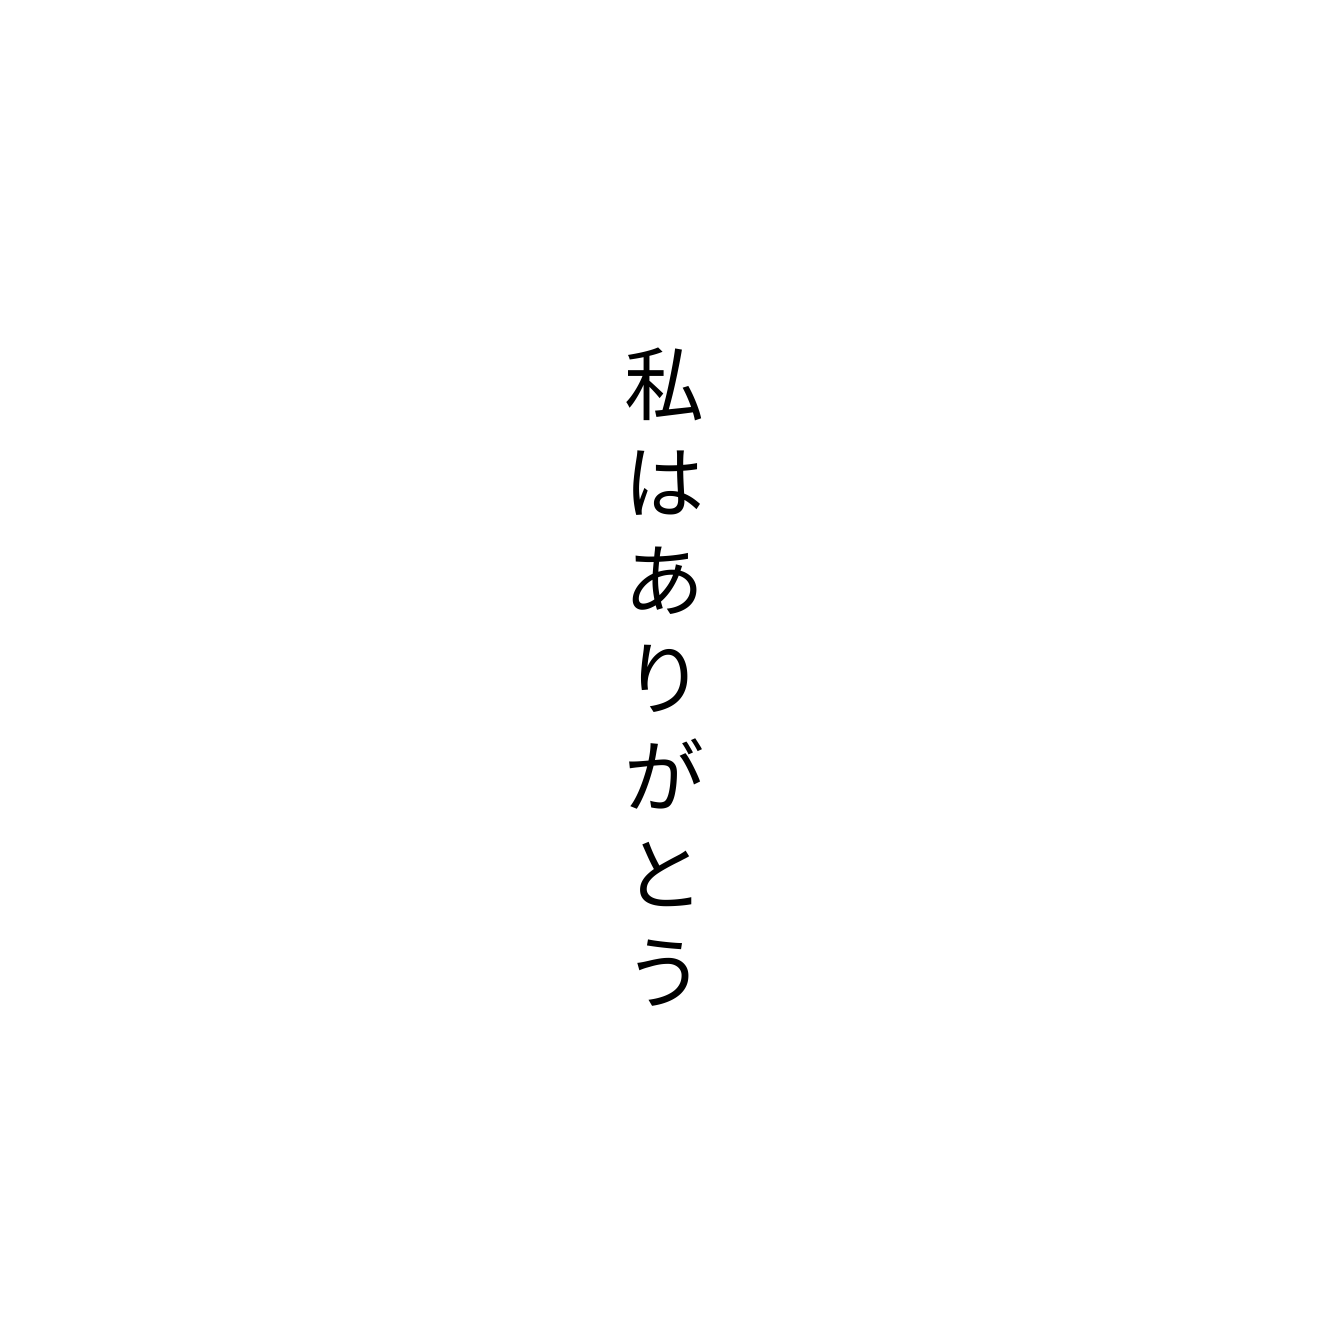
私はありがとう